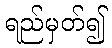
ရည်မှတ်၍